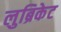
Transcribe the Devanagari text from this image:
लुब्रिकेट